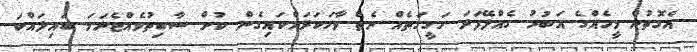
އެގޮތުން މީހެއްގެ އަބުރު ގެއްލޭފަދަ ހަގީގަތެއް ނެތް ވާހަކަދައްކައިގެން ކުށް ސާބިތުވެއްޖެނަަމަ ބައިލައްކަ